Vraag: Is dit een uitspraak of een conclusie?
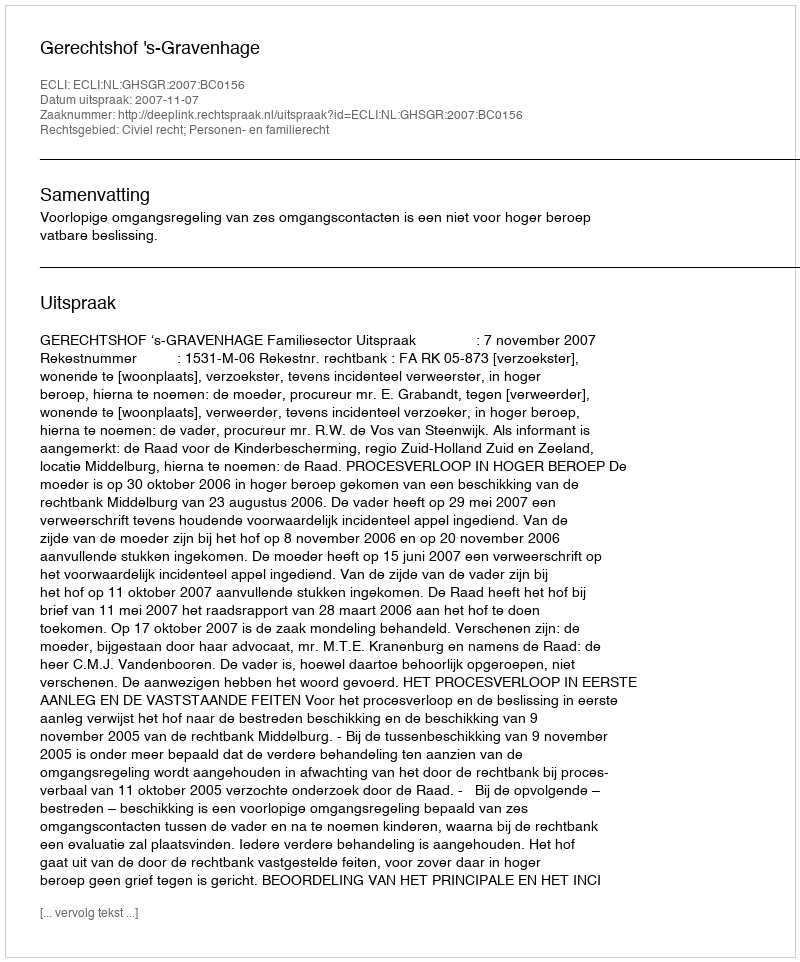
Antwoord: Uitspraak